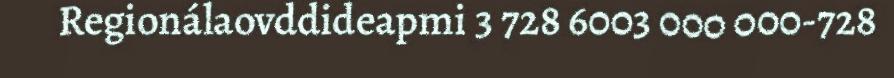
Regionálaovddideapmi 3 728 6003 000 000-728